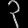
Digit: ၃